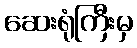
ဆေးရုံကြီးမှ